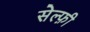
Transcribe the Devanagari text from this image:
सेल्फ़ी